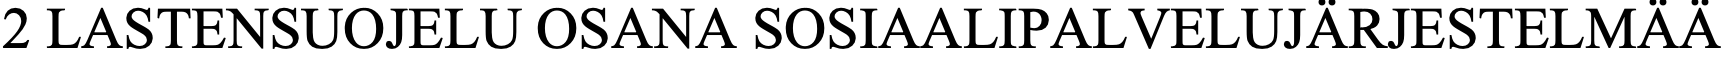
2 LASTENSUOJELU  OSANA  SOSIAALIPALVELUJÄRJESTELMÄÄ